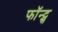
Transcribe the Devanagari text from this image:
फॉन्‍ट्स